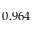
0 . 9 6 4